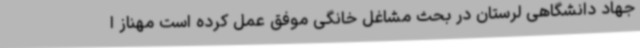
جهاد دانشگاهی لرستان در بحث مشاغل خانگی موفق عمل کرده است مهناز ا